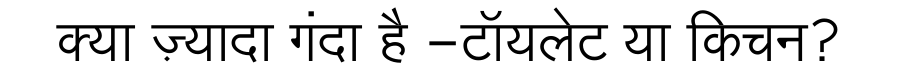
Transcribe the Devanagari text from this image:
क्या ज़्यादा गंदा है -टॉयलेट या किचन?